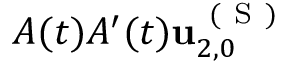
A ( t ) A ^ { \prime } ( t ) \mathbf { u } _ { 2 , 0 } ^ { \mathrm { ~ ( ~ S ~ ) ~ } }